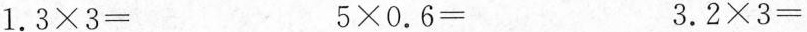
$$1 . 3 \times 3 =$$ $$5 \times 0 . 6 =$$ $$3 . 2 \times 3 =$$